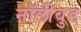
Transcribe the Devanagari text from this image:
नॉलीवुड